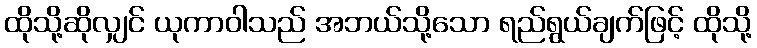
ထိုသို့ဆိုလျှင် ယုကာဝါသည် အဘယ်သို့သော ရည်ရွယ်ချက်ဖြင့် ထိုသို့